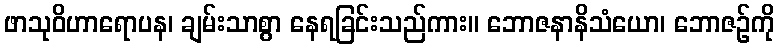
ဖာသုဝိဟာရောပန၊ ချမ်းသာစွာ နေရခြင်းသည်ကား။ ဘောဇနာနိသံယော၊ ဘောဇဉ်ကို